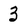
Character: 3